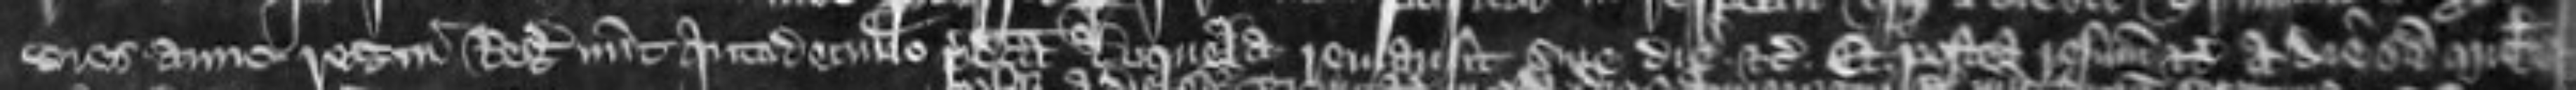
dies anno regni regis quartodecimo predicta loquela remansit sine die etc. Et postea resummoneuntur etc a die Sancti Michaelis